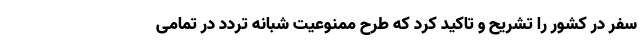
سفر در کشور را تشریح و تاکید کرد که طرح ممنوعیت شبانه تردد در تمامی